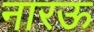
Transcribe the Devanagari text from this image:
नारऊ